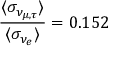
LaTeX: \frac { \langle \sigma _ { \nu _ { \mu , \tau } } \rangle } { \langle \sigma _ { \nu _ { e } } \rangle } = 0 . 1 5 2